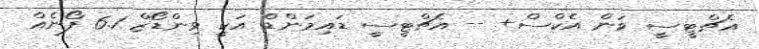
އެޗްޓީސީ ވަން އެކްސް+ -- އެޗްޓީސީ ޑައިމަންޑް އަކީ ވިންޑޯޒް 6.1 ފޯނެއް